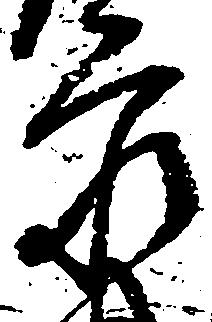
家